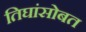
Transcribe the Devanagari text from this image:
तिघांसोबत